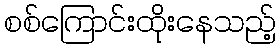
စစ်ကြောင်းထိုးနေသည့်